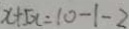
x + 5 x = 1 0 - 1 - 2